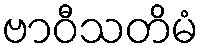
ဗာဝီသတိမံ